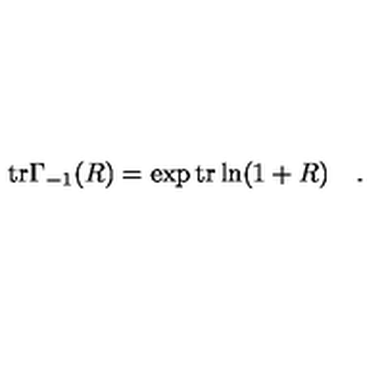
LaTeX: \mathrm { t r } \Gamma _ { - 1 } ( R ) = \exp \mathrm { t r } \ln ( 1 + R ) \quad .